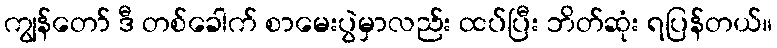
ကျွန်တော် ဒီ တစ်ခေါက် စာမေးပွဲမှာလည်း ထပ်ပြီး ဘိတ်ဆုံး ရပြန်တယ်။